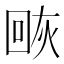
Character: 𰞰